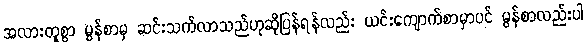
အလားတူစွာ မွန်စာမှ ဆင်းသက်လာသည်ဟုဆိုပြန်ရန်လည်း ယင်းကျောက်စာမှာပင် မွန်စာလည်းပါ